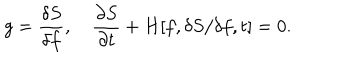
g = \frac { \delta S } { \delta f } , ~ \frac { \partial S } { \partial t } + H [ f , \delta S / \delta f , t ] = 0 .